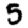
Digit: 5